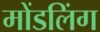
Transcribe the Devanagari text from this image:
मोंडलिंग